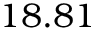
1 8 . 8 1